Scottish Education Department, 1920
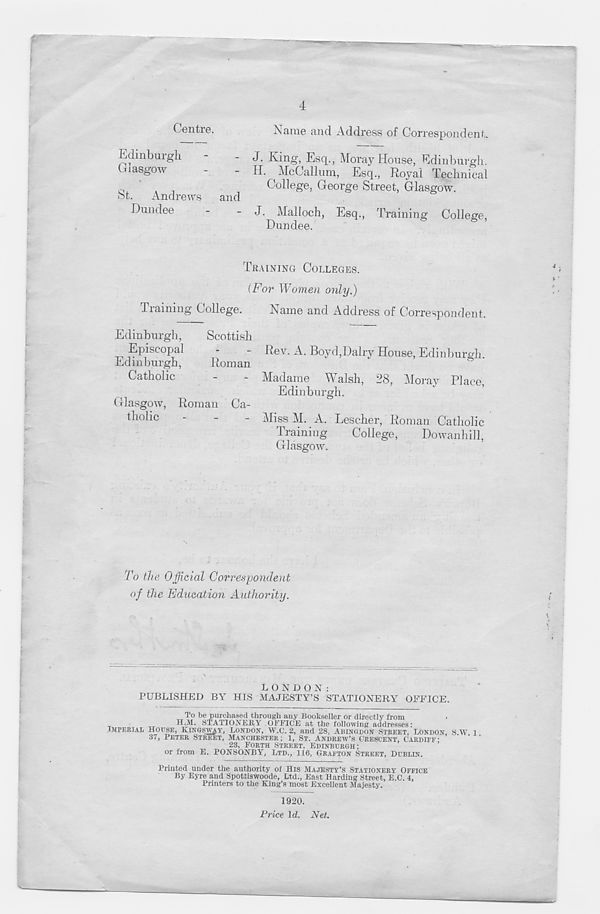
Centre.
Name and Address of Correspondent.
- J. King, Escp, Moray House, Edinburgh.
H. ^ McCallum, Esq., Royal Technical
c .
t
,
College, George Street, Glasgow,
ot. Andrews and
Dundee
-
- J. Malloch, Esq., Training College,
Dundee.
Edinburgl
Glasgow
TRAINING COLLEGES.
[For Women only.)
Training College.
Name and Address of Correspondent.
Edinburgh,
Scottish
Episcopal
Edinburgh,
Roman
Catholic
Glasgow, Roman Ca-
tholic
Rev. A. Boyd,Dairy House, Edinburgh.
Madame Walsh, 28, Moray Place,
Edinburgh.
Miss M. A. Lescher, Roman Catholic
Training
College,
Dowanhill,
Glasgow.
To the Official Correspondent
of the Education Authority.
LONDON:
PUBLISHED BY HIS MAJESTY’S STATIONERY OFFICE.
To be purchased through any Bookseller or directly from
H.M. STATIONERY OFFICE at the following addresses:
IMPERIAL HOUSE, KIMQSWAY, LONDON, W.C. 2, and 28, ABINGDON STREET, LONDON, S
37, PETER STREET, MANCHESTER; 1, ST. ANDREW’S CRESCENT, CARDIFF-
23, FORTH STREET, EDINBURGH;
or from E. PONSONBY, LTD., 116, GRAFTON STREET, DUBLIN.
W. 1.
Printed under the authority of His MAJESTY’S STATIONERY OFFICE
By Byre and Spottiswoode, Ltd., East Harding Street, E.C. 4,
Printers to the King’s most Excellent Majesty.
1920.
Price \d. Net.